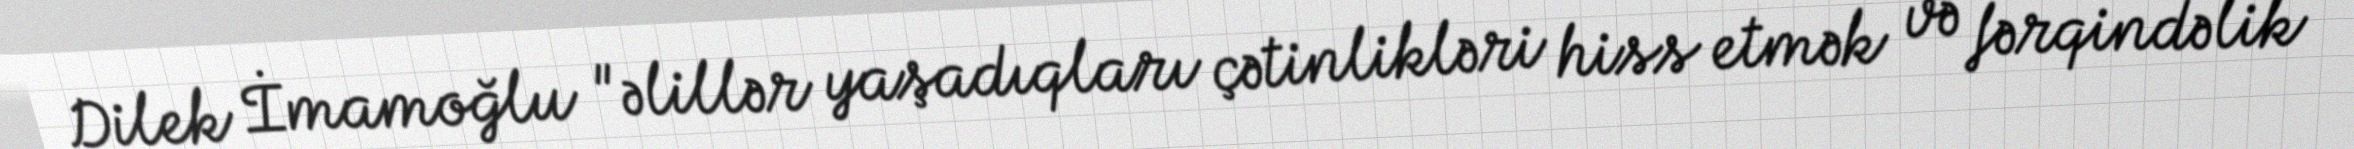
Dilek İmamoğlu "əlillər yaşadıqları çətinlikləri hiss etmək və fərqindəlik